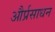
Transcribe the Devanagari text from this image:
और्प्रसाधन